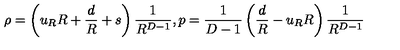
\rho = \left( u _ { R } R + { \frac { d } { R } } + s \right) { \frac { 1 } { R ^ { D - 1 } } } , p = { \frac { 1 } { D - 1 } } \left( { \frac { d } { R } } - u _ { R } R \right) { \frac { 1 } { R ^ { D - 1 } } }